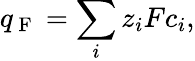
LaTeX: q_{\mathrm{~F~}}=\sum_{i}z_{i}Fc_{i},